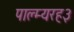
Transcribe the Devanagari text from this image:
पाल्म्यरह३